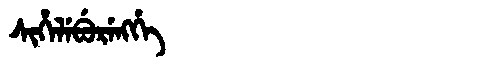
Manchu: ᠰᡳᡥᡝᠯᡝᠪᡠᡵᡝᠩᡤᡝ
Romanization: SIHELEBURENGGE